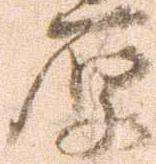
原